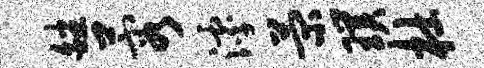
皤蓉滹菊璞杜